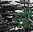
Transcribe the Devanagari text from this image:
एंट्रे